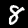
Digit: 8